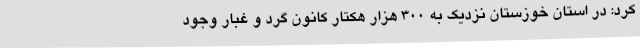
کرد: در استان خوزستان نزدیک به 300 هزار هکتار کانون گرد و غبار وجود